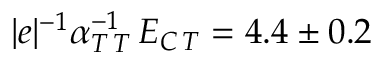
| e | ^ { - 1 } \alpha _ { T \, T } ^ { - 1 } \, E _ { C \, T } = 4 . 4 \pm 0 . 2